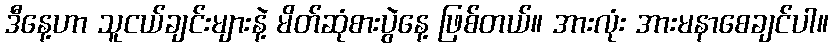
ဒီနေ့ဟာ သူငယ်ချင်းများနဲ့ မိတ်ဆုံစားပွဲနေ့ ဖြစ်တယ်။ အားလုံး အားမနာစေချင်ပါ။